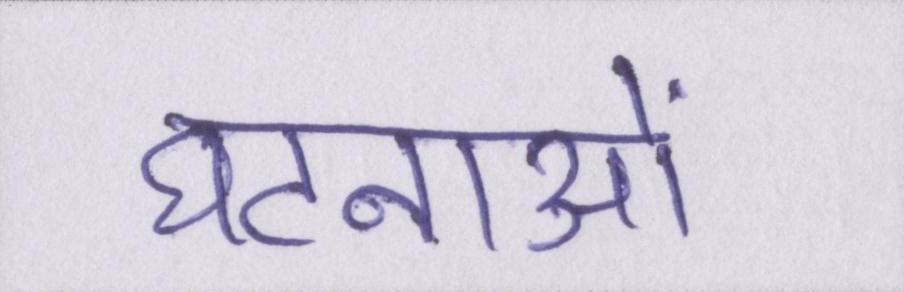
घटनाओं